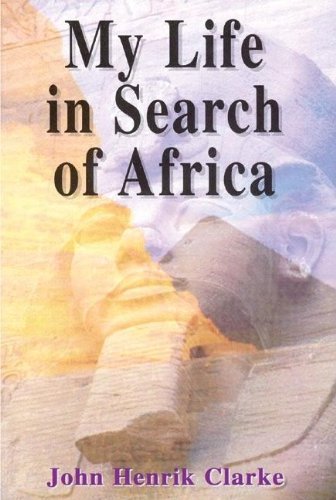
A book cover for My Life in Search of Africa; John Henrik Clarke; Biographies & Memoirs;